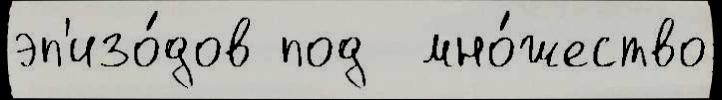
эп'изо́дов под  мно́жество